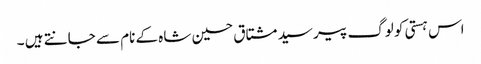
اس ہستی کو لوگ پیر سید مشتاق حسین شاہ کے نام سے جانتے ہیں ۔